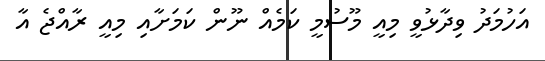
އަހުމަދު ވިދާޅުވީ މިއީ މޫސުމީ ކަމެއް ނޫން ކަމަށާއި މިއީ ރާއްޖެ އާ